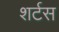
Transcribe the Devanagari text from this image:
शर्टस